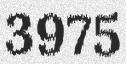
3975